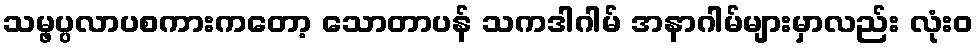
သမ္ဖပ္ပလာပစကားကတော့ သောတာပန် သကဒါဂါမ် အနာဂါမ်များမှာလည်း လုံးဝ